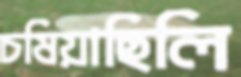
চষিয়াছিলি